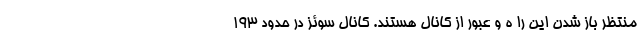
منتظر باز شدن این را ه و عبور از کانال هستند. کانال سوئز در حدود ۱۹۳